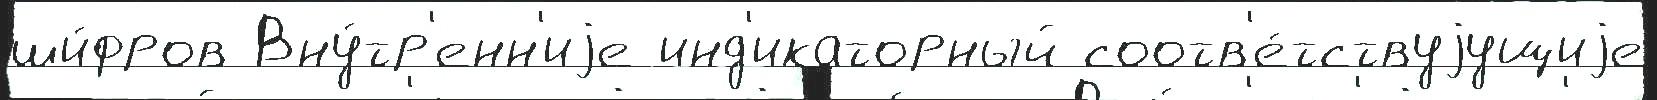
ши́фров Вну́тр'енн'иjе инд'икаторный соотв'е́тствуjущиjе